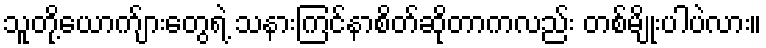
သူတို့ယောက်ျားတွေရဲ့ သနားကြင်နာစိတ်ဆိုတာကလည်း တစ်မျိုးပါပဲလား။